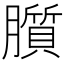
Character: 䑇